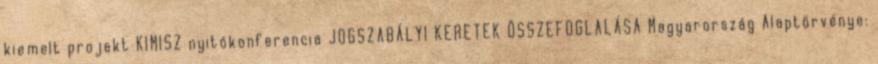
kiemelt projekt KIMISZ nyitókonferencia JOGSZABÁLYI KERETEK ÖSSZEFOGLALÁSA Magyarország Alaptörvénye: